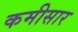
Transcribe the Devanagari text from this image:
कमीसार